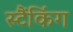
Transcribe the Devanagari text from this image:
स्टैंकिंग